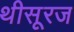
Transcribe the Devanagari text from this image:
थीसूरज